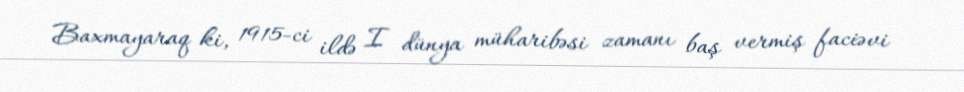
Baxmayaraq ki, 1915-ci ildə I dünya müharibəsi zamanı baş vermiş faciəvi